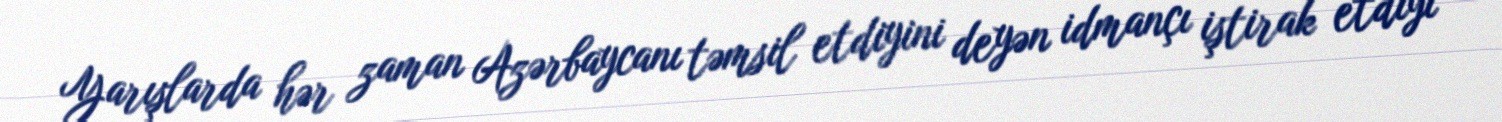
Yarışlarda hər zaman Azərbaycanı təmsil etdiyini deyən idmançı iştirak etdiyi